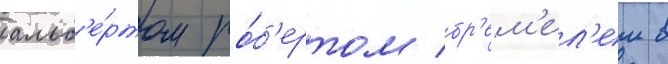
альб'е́ртом ро́б'ертом бр'ем'ел'ем в